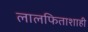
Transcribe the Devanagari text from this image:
लालफिताशाही